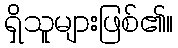
ရှိသူများဖြစ်၏။